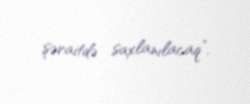
şəraitdə saxlanılacaq”.